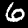
Label: 6